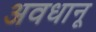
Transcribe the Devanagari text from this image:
अवधानू